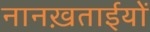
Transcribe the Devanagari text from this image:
नानख़ताईयों